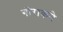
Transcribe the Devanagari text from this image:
गोराकने